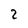
Character: 2